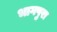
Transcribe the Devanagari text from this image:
भागपुरा